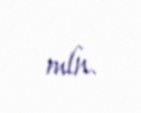
mln.